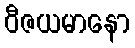
ဝီဇယမာနော